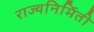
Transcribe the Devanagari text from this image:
राज्यनिर्मिती